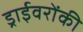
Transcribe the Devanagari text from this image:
ड्राईवरोंकी